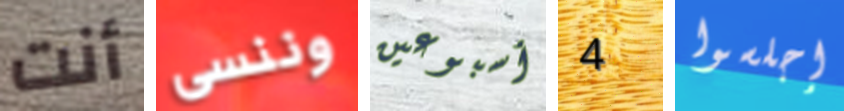
أنت وننسى أسبوعين 4 إجلسوا